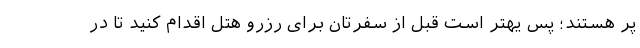
پر هستند؛ پس یهتر است قبل از سفرتان برای رزرو هتل اقدام کنید تا در